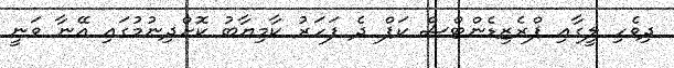
ދިވެހި ލީގާއި ޕްރެޒިޑެންޓްސް ކަޕް ދެ ފަހަރު ކާމިޔާބު ކޮށްދިނުމުގައި އޭނާ ވަނީ